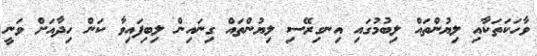
ވާހަކަތަކާއި ލިޔުންތައް ލިބުމުގައި އިނގިރޭސި ލިޔުންތައް ގިނައިން ލިބިފައިވާ ކަން ހިދާއަށް ވަނީ